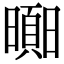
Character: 𣋗